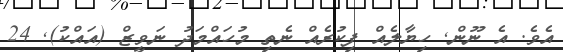
އެވެ. އެ ނޫން